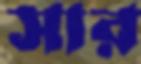
সার